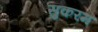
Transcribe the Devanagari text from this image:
सुकरम